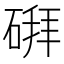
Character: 𪿪